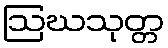
ဩဃသုတ္တ